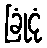
ခြုံငုံ